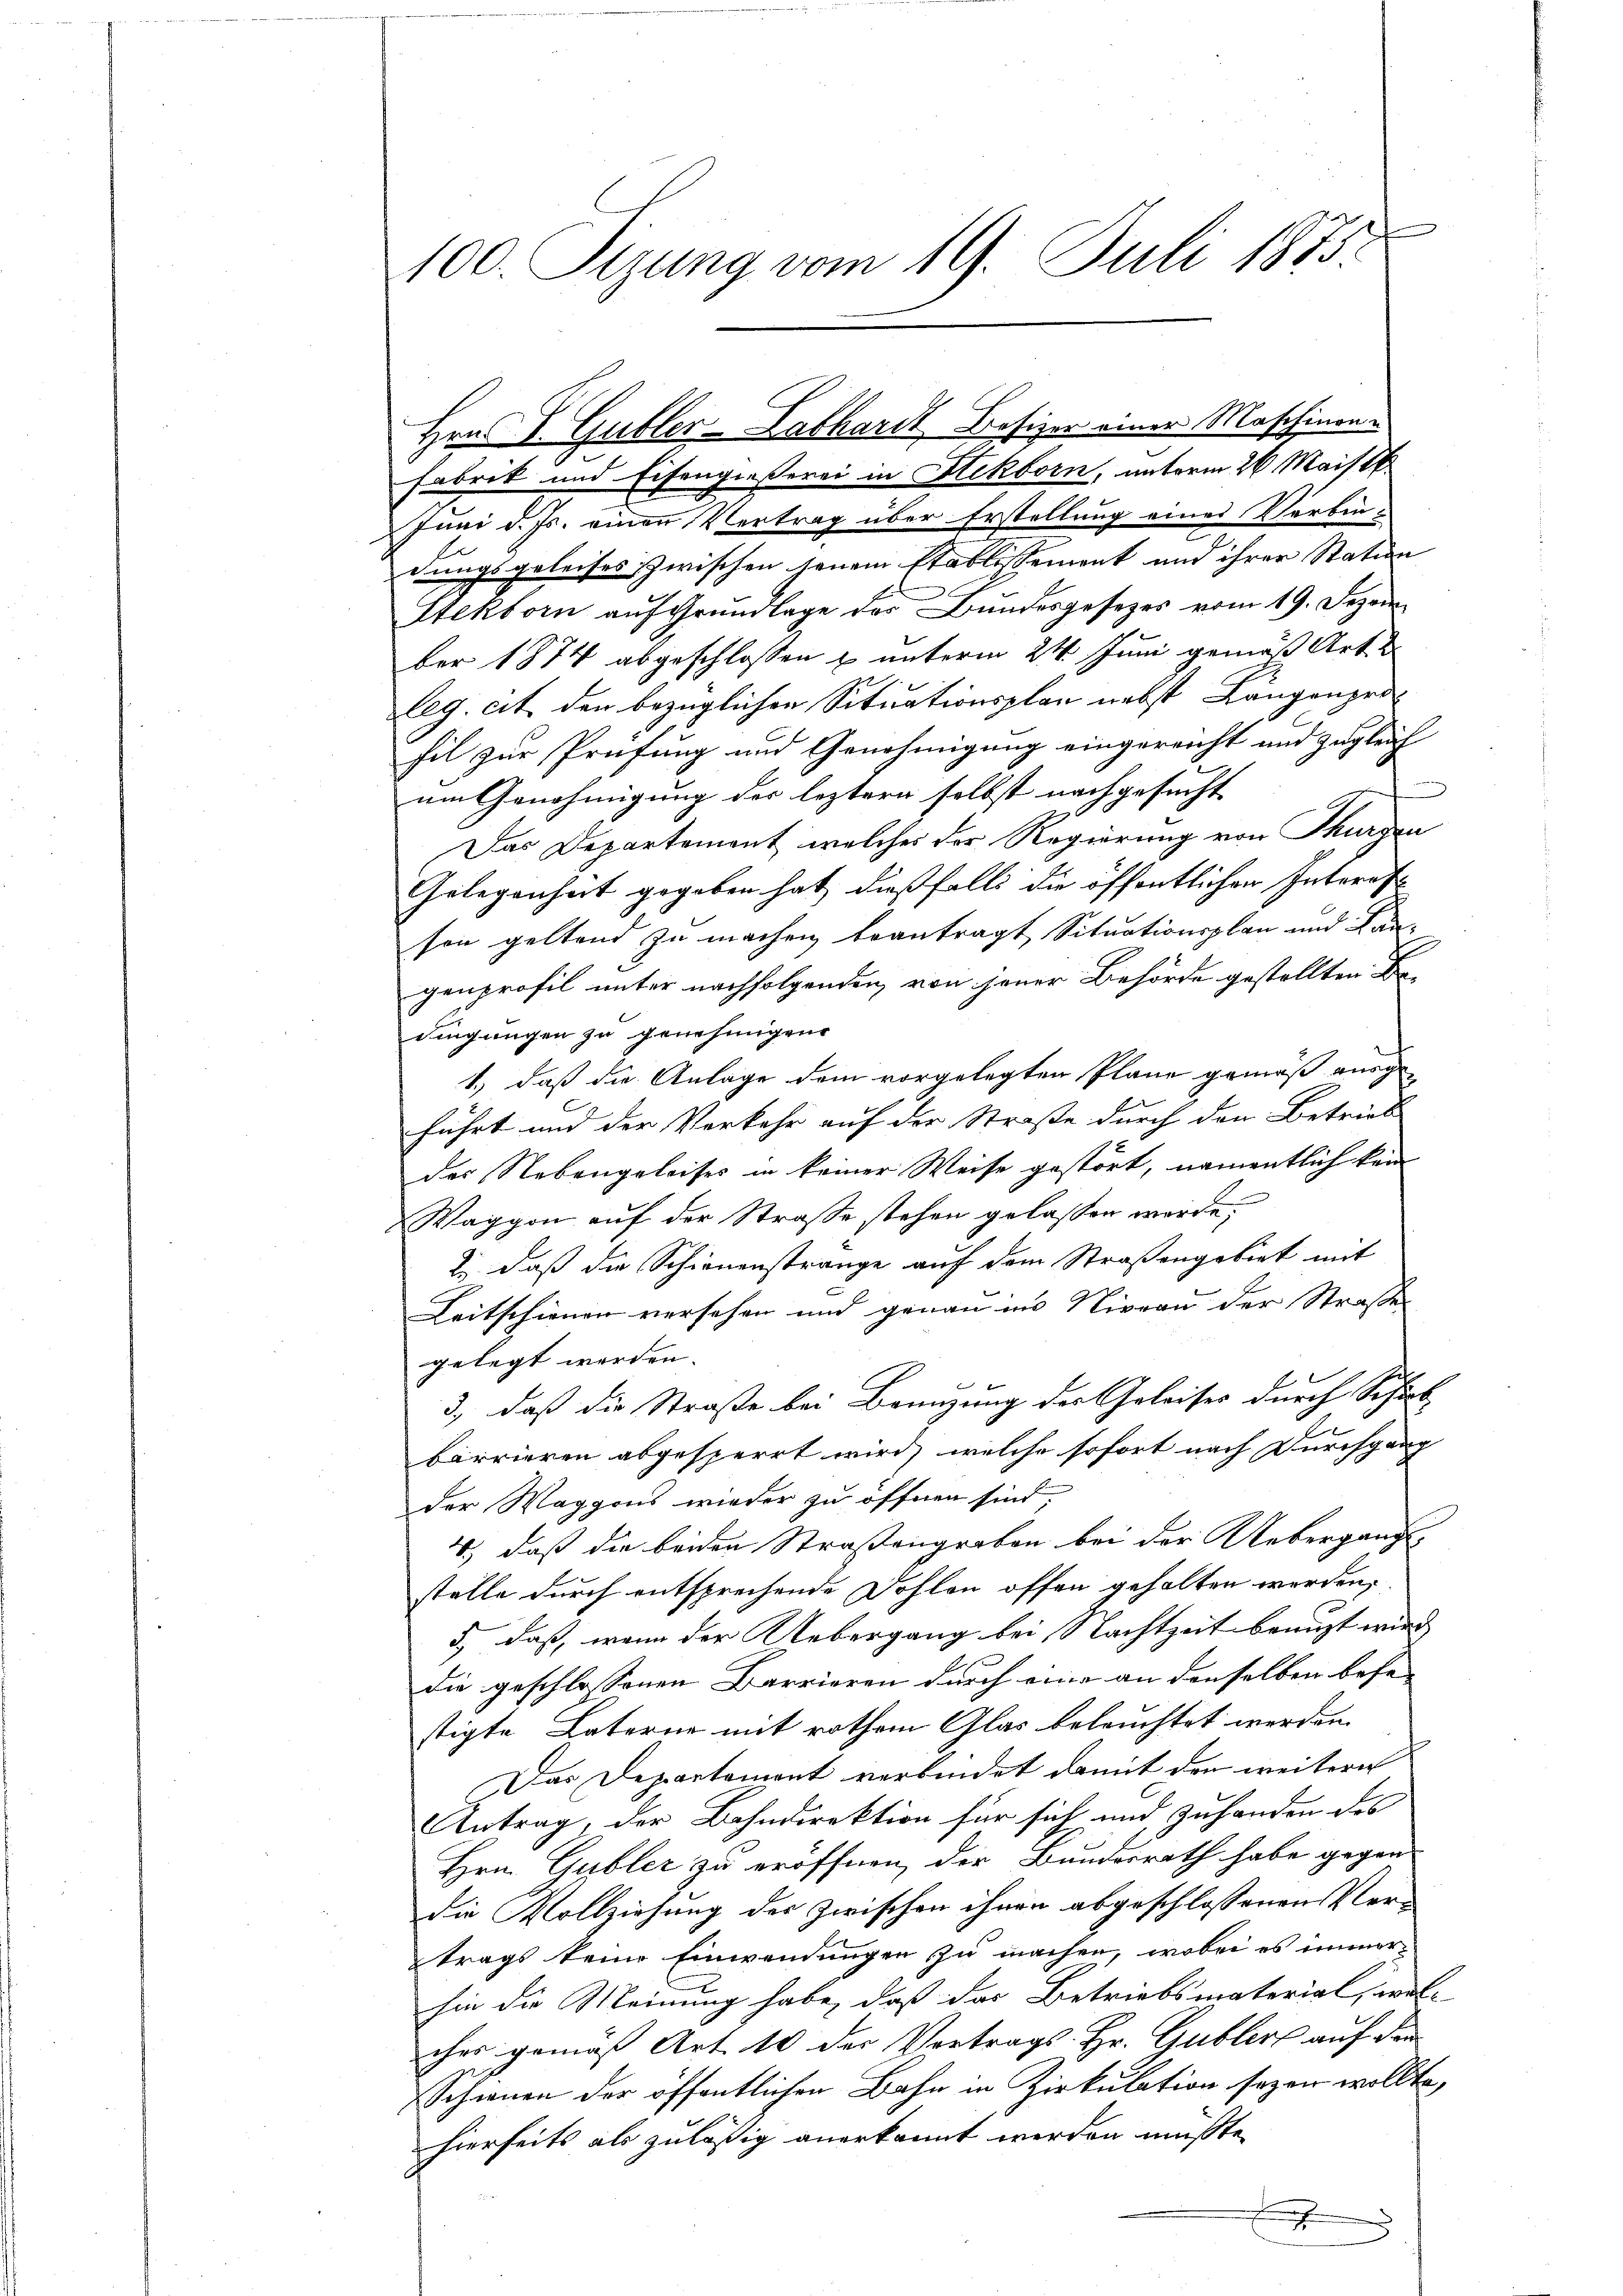
100. Sizung vom 19. Juli 1875.

Fabrik und Eisengießerei in Hekborn, unterm 26. Maistk
Inni d. Js. einen Vertrag über Erstellung eines Verbin-
dungsgeleises zwischen jenem Stablissement und ihrer Station
Stektorn auf Grundlage des Bundesgesetzes vom 19. Dezember 1874 abgeschlossen u. unterm 24. Juni gemäß Art. 2
leg. cit. den bezüglichen Situationsplan nebst Längenprohil zur Prüfung und Genehmigung eingereicht und zugleich
n
um Genehmigung der leztern selbst nachgesucht
Das Departement, welches der Regierung von Thurgen
Gelegenheit gegeben hat dießfalls die öffentlichen Interes
son geltend zu machen beantragt Situationsplan und Kangenprofil unter nachfolgenden, von jener Behörde gestellten Dedingungen zu genehmigene
1.) daß die Anlage dem vorgelegten Plane gemäß ausge-
führt und der Verkehr auf der Straße durch den Betrieb
der Nebengeleises in keiner Weise gestört, namentlich kan
Waggon auf der Strasse stehen gelassen werde;
2., daß die Schienenstrange auf dem Straßengebiet mit
Leitschienen versehen und genau in Niveau der Straße
gelegt werden.
3., daß die Straße bei Branzung der Geleises durch Schul
barrieren abgesperrt wird, welche sofort nach Durchgang
der Waggons wieder zu öffnen sind;
) daß die beiden Straßengraben bei der Uebergangs-
stelle durch entsprechende Dohlen offen gehalten werden,
5., daß, wenn der Uebergang bei Nachtzeit beauft wird,
die geschlossenen Barrieren durch eine an denselben befe
stigte Laterne mit rothem Glas beleuchtet werden.
Das Departement verbindet damit den weitere
Antrag, der Bahndirektion für sich und zuhanden des
Hrn. Gubler zu eröffnen, der Bundesrath habe gegen
die Vollziehung des zwischen ihnen abgeschlossenen Vertrags keine Einwendungen zu machen, wobei es immerhin die Meinung habe, daß das Betriebsmaterial, wel-
ches gemäß Art. 10 der Vortrags- Hr. Gublert auf den
Schwere der öffentlichen Bahn in Zirkulation seyen wollte,
1
hierseits als zuläßig anerkannt werden müsste,
x
x

Hrn. P. Gubler-Labhardt Besizer einer Maschinen